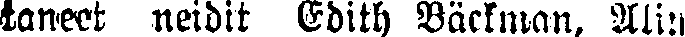
taneet neidit edith Bäckman. Alin